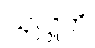
သုဋ္ဌူတိ